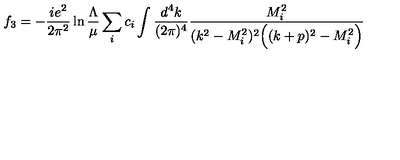
f _ { 3 } = - \frac { i e ^ { 2 } } { 2 \pi ^ { 2 } } \ln \frac { \Lambda } { \mu } \sum _ { i } c _ { i } \int \frac { d ^ { 4 } k } { ( 2 \pi ) ^ { 4 } } \frac { M _ { i } ^ { 2 } } { ( k ^ { 2 } - M _ { i } ^ { 2 } ) ^ { 2 } \Big ( ( k + p ) ^ { 2 } - M _ { i } ^ { 2 } \Big ) } \qquad \quad